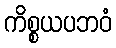
ကိစ္စယပဘဝံ